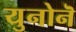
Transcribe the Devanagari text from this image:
युनोनॆ